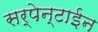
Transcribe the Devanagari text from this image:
सर्पेन्टाईन